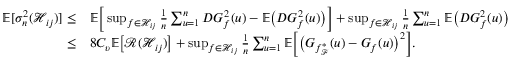
\begin{array} { r l } { \mathbb { E } [ \sigma _ { n } ^ { 2 } ( \mathcal { H } _ { i j } ) ] \leq } & { \mathbb { E } \Big [ \operatorname* { s u p } _ { f \in \mathcal { H } _ { i j } } \frac { 1 } { n } \sum _ { u = 1 } ^ { n } D G _ { f } ^ { 2 } ( u ) - \mathbb { E } \big ( D G _ { f } ^ { 2 } ( u ) \big ) \Big ] + \operatorname* { s u p } _ { f \in \mathcal { H } _ { i j } } \frac { 1 } { n } \sum _ { u = 1 } ^ { n } \mathbb { E } \big ( D G _ { f } ^ { 2 } ( u ) \big ) } \\ { \leq } & { 8 C _ { \upsilon } \mathbb { E } \big [ \mathcal { R } ( \mathcal { H } _ { i j } ) \big ] + \operatorname* { s u p } _ { f \in \mathcal { H } _ { i j } } \frac { 1 } { n } \sum _ { u = 1 } ^ { n } \mathbb { E } \Big [ \big ( G _ { f _ { \mathcal { F } } ^ { * } } ( u ) - G _ { f } ( u ) \big ) ^ { 2 } \Big ] . } \end{array}